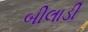
બીલાડી